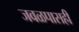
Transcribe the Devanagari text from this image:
जवळपासही